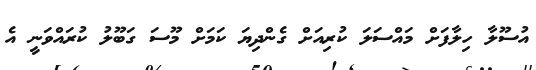
އުސޫލާ ހިލާފަށް މައްސަލަ ކުރިއަށް ގެންދިޔަ ކަމަށް މޫސަ ގަބޫލު ކުރައްވަނީ އެ